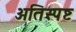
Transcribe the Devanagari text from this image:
अतिस्पष्ट